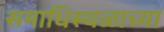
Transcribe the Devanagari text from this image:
समाधिस्थळाच्या